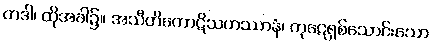
တဒါ၊ ထိုအခါ၌။ အသီတိကောဋိသဟဿာနံ၊ ကုဋေရှစ်သောင်းသော